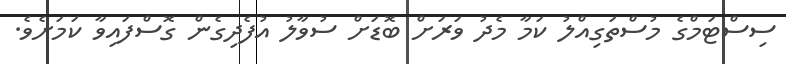
ސިސްޓަމްގެ މުސްތަގިއްލު ކަމާ މެދު ވަރަށް ބޮޑަށް ސުވާލު އުފެދިގެން ގޮސްފައިވާ ކަމަށެވެ.